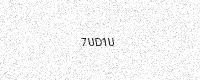
Text: 7UD1U